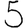
Digit: 5